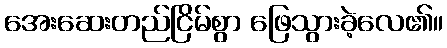
အေးဆေးတည်ငြိမ်စွာ ဖြေသွားခဲ့လေ၏။